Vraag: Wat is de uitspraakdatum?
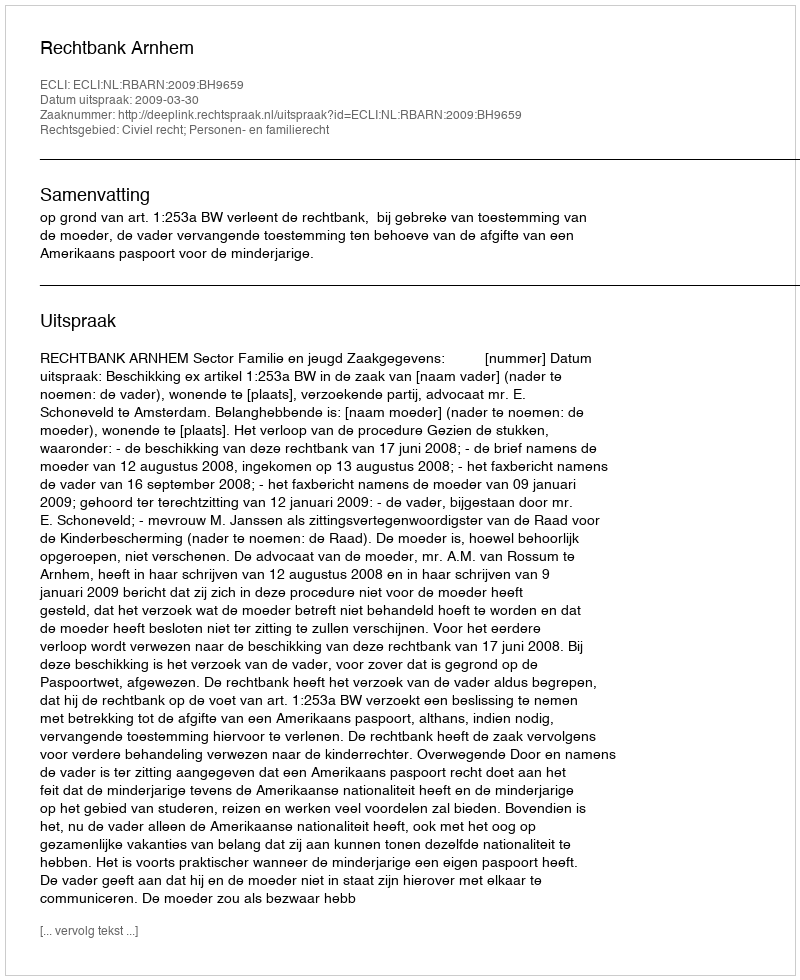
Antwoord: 2009-03-30